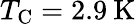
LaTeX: T_{\mathrm{C}}=2.9\: \mathrm{K}